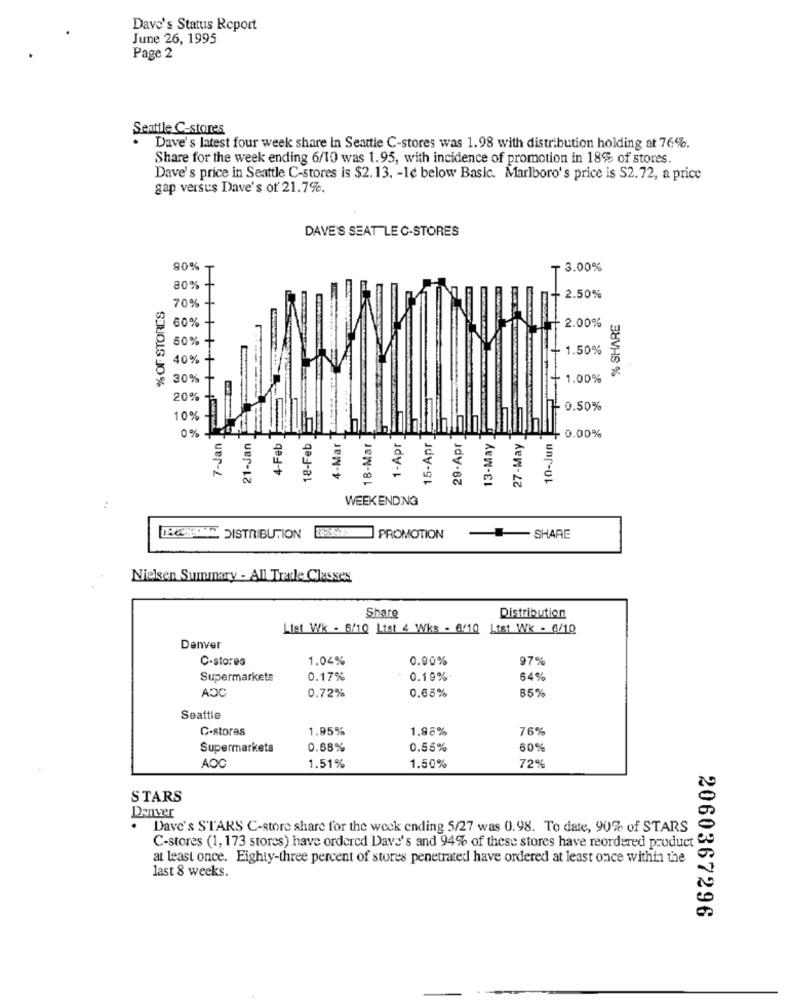
Dave's Status Report
June 26, 1995
Page 2
Seattle C-stores
Dave's latest four week share in Seattle C-stores was 1.98 with distribution holding at 76%.
Share for the week ending 6/10 was 1.95, with incidence of promotion in 18% of stores.
Dave's price in Seattle C-stores is $2.13. - 1e below Basic. Marlboro's price is S2.72, a price
gap versus Dave's of 21.7%.
DAVE'S SEAT LE C-STORES
T
- 3.00%
80%
% OF STORES
70% +
2.50%
60%
% SHARE
2.00%
50%
1.50%
40%
30%
1.00%
20%
0.50%
10%
0 %
7-Jan
21-Jan
4-Feb
18-Feb
4-Mar
18-Mar
1-Apr
15-Apr
29-Apr
13-May
27-May
10-Jun
0.00%
WEEKENDING
DEONNAN DISTRIBUTION
PROMOTION
SHARE
Nielsen Summary - All Trae Classes
Share
Distribution
List Wk - 6/10 List 4 Wks - 6410
List Wk - 6/10
Denver
C-stores
1.04%
0.90%
97%
Supermarkets
0.17%
0.19%
64%
ADC
0.65%
85%
0.72%
Seattle
C-stores
1.95%
1.98%
76%
Supermarkets
0.68%
0.55%
60%
AOC
1.51%
1.50%
72%
STARS
Denver
. Dave's STARS C-store share for the week ending 5/27 was 0.98. To date, 90% of STARS
C-stores (1, 173 stores) have ordered Dave's and 94% of these stores have reordered product
at least once. Eighty-three percent of stores penetrated have ordered at least once within the
last 8 weeks.
2060367296